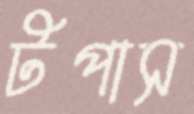
টপাস